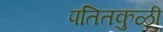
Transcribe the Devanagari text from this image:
पतितकुळी